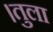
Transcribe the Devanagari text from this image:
।तुला